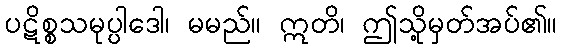
ပဋိစ္စသမုပ္ပါဒေါ၊ မမည်။ ဣတိ၊ ဤသို့မှတ်အပ်၏။